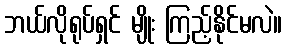
ဘယ်လိုရုပ်ရှင် မျိုး ကြည့်နိုင်မလဲ။